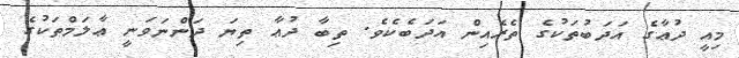
މިއީ ދުޢާގެ އަދަބުތަކުގެ ތެރެއިން އަދަބެކެވެ. ތިބާ ދުޢާ ތިޔަ ދަންނަވަނީ ޢާލަމްތަކުގެ